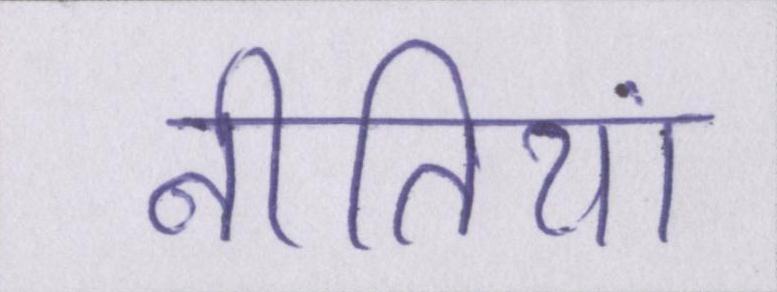
नीतियां